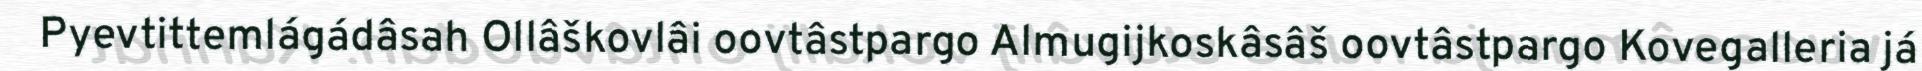
Pyevtittemlágádâsah Ollâškovlâi oovtâstpargo Almugijkoskâsâš oovtâstpargo Kovegalleria já